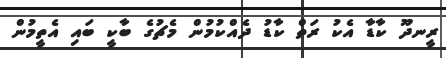
ރީނދޫ ކާޑާ އެކު ރަތް ކާޑު ދެއްކުމުން މެޗުގެ ބާކީ ބައި އެތީމުން